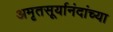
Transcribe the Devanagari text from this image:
अमृतसूर्यानंदांच्या